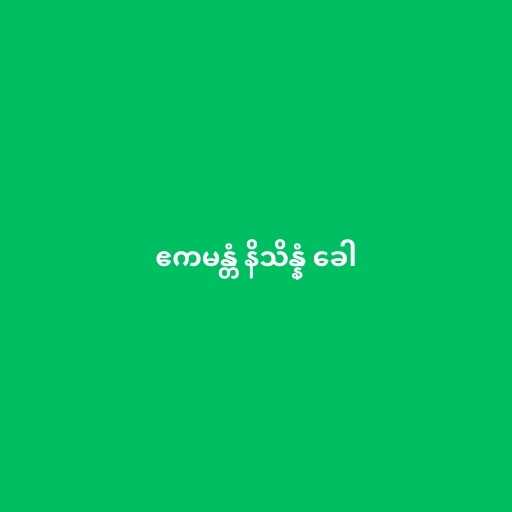
ဧကမန္တံ နိသိန္နံ ခေါ